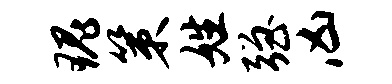
瑰策姓强凶